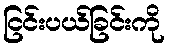
ငြင်းပယ်ခြင်းကို